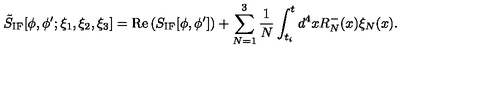
\tilde { S } _ { \mathrm { I F } } [ \phi , \phi ^ { \prime } ; \xi _ { 1 } , \xi _ { 2 } , \xi _ { 3 } ] = \mathrm { R e } \left( S _ { \mathrm { I F } } [ \phi , \phi ^ { \prime } ] \right) + \sum _ { N = 1 } ^ { 3 } { \frac { 1 } { N } } \int _ { t _ { i } } ^ { t } d ^ { 4 } x R _ { N } ^ { - } ( x ) \xi _ { N } ( x ) .